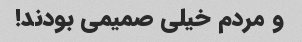
و مردم خیلی صمیمی بودند!